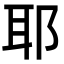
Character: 耶